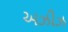
અઝીઝ